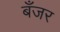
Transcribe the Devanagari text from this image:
बँजर